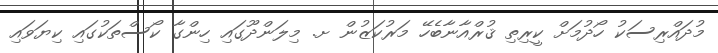
މުދައްރިސަކު ހޯދުމަށް ކީރިތި ޤުރްއާނާބެހޭ މަރުކަޒުން ށ. މިލަންދޫގައި ހިންގާ ކޯސްތަކުގައި ކިޔަވައި